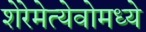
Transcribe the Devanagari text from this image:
शेरेमेत्येवोमध्ये